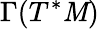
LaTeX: \Gamma(T^{*}\mathit{M})